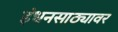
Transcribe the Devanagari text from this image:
इंधनसाठ्यावर